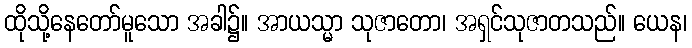
ထိုသို့နေတော်မူသော အခါ၌။ အာယသ္မာ သုဇာတော၊ အရှင်သုဇာတသည်။ ယေန၊